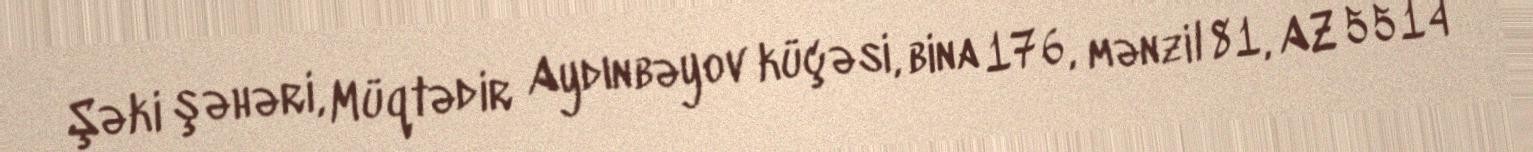
Şəki şəhəri, Müqtədir Aydınbəyov küçəsi, bina 176, mənzil 81, AZ 5514